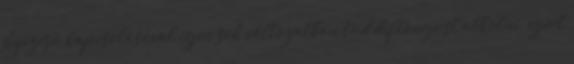
képzésű kapcsolásával igen sok változatban tud diftongust alkotni, ezért